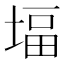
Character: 堛